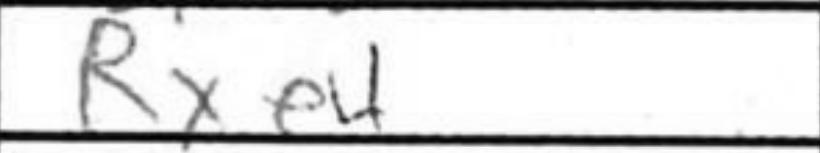
Transcription: Rxe4